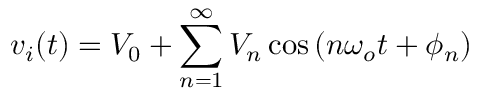
v _ { i } ( t ) = V _ { 0 } + \sum _ { n = 1 } ^ { \infty } V _ { n } \cos \left( n \omega _ { o } t + \phi _ { n } \right)